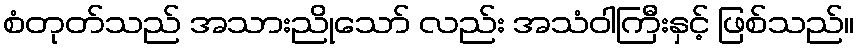
စံတုတ်သည် အသားညိုသော် လည်း အသံဝါကြီးနှင့် ဖြစ်သည်။